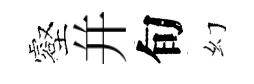
壑并旬幻